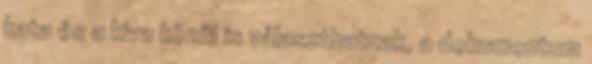
kata és a kiva közül is választhatnak, a dokumentum